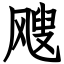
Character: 飕